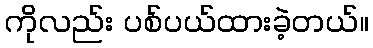
ကိုလည်း ပစ်ပယ်ထားခဲ့တယ်။